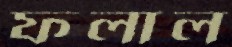
ফলাল